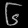
Digit: ၆